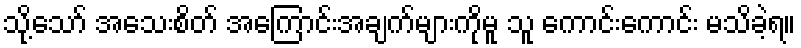
သို့သော် အသေးစိတ် အကြောင်းအချက်များကိုမူ သူ ကောင်းကောင်း မသိခဲ့ရ။